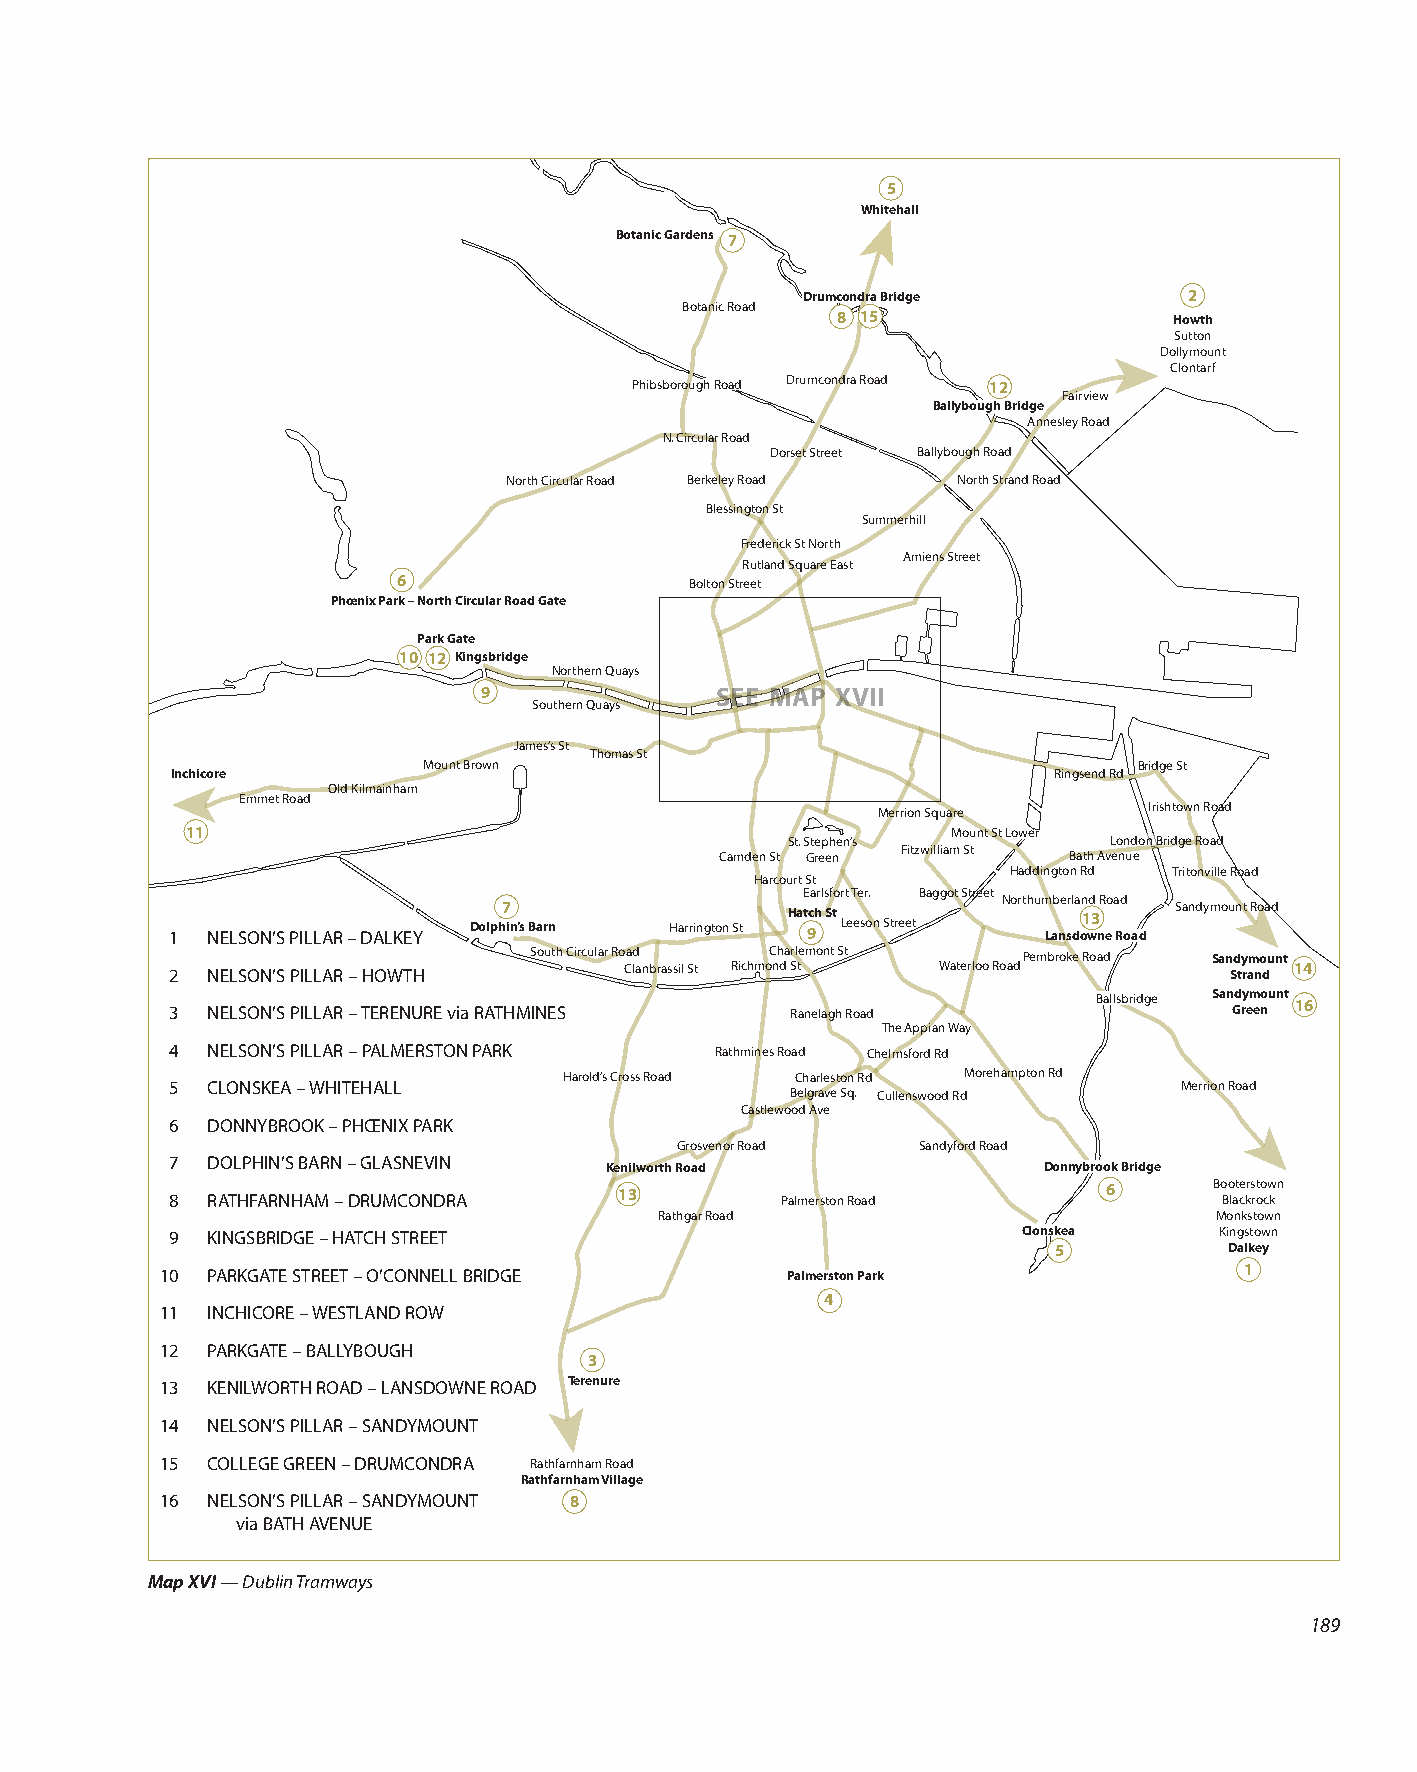
5
 Whitehall
 Botanic Gardens 7
 Drumcondra Bridge         2
 Botanic Road
 8 15                   Howth
 Sutton
 Dollymount
 Clontarf
 Phibsborough Road Drumcondra Road 12
 Fairview
 Ballybough Bridge
 Annesley Road
 N. Circular Road
 Dorset Street Ballybough Road
 North Circular Road Berkeley Road North Strand Road
 Blessington St
 Summerhill
 Frederick St North
 Amiens Street
 Rutland Square East
 6                   Bolton Street
 Phœnix Park – North Circular Road Gate
 Park Gate
 10 12 Kingsbridge
 Northern Quays
 9              SEE MAP XVII
 Southern Quays
 James’s St
 Thomas St
 Mount Brown                                    Bridge St
 Inchicore                                                  Ringsend Rd
 Old Kilmainham
 Emmet Road
 Merrion Square    Irishtown Road
 11                                                 Mount St Lower
 St. Stephen’s        London Bridge Road
 Fitzwilliam St
 Camden St Green        Bath Avenue
 Haddington Rd Tritonville Road
 Harcourt St
 Earlsfort Ter. Baggot Street
 Northumberland Road
 1  NELSON’S PILLAR – DALKEY
 Dolph7 in’s Barn Harrington St Hat 9ch St Leeson Street Lansdo1 w3
 ne Road
 Sandymount Road
 South Circular Road Charlemont St Pembroke Road Sandymount
 2  NELSON’S PILLAR – HOWTH    Clanbrassil St Richmond St Waterloo Road Strand 14
 3  NELSON’S PILLAR – TERENURE via RATHMINES Ranelagh Road
 Ballsbridge San Gd ry em enount 16
 The Appian Way
 4  NELSON’S PILLAR – PALMERSTON PARK Rathmines Road Chelmsford Rd
 Harold’s Cross Road Charleston Rd Morehampton Rd
 5  CLONSKEA – WHITEHALL                                            Merrion Road
 Belgrave Sq. Cullenswood Rd
 Castlewood Ave
 6  DONNYBROOK – PHŒNIX PARK
 Grosvenor Road  Sandyford Road
 7  DOLPHIN’S BARN – GLASNEVIN Kenilworth Road             Donnybrook Bridge
 8  RATHFARNHAM – DRUMCONDRA   13         Palmerston Road      6      Bo Bo lat ce krs rt oo cw kn
 Rathgar Road                        Monkstown
 9  KINGSBRIDGE – HATCH STREET                            Clonskea     Kingstown
 5          Dalkey
 10 PARKGATE STREET – O’CONNELL BRIDGE    Palmerston Park               1
 4
 11 INCHICORE – WESTLAND ROW
 12 PARKGATE – BALLYBOUGH
 3
 13 KENILWORTH ROAD – LANSDOWNE ROAD Terenure
 14 NELSON’S PILLAR – SANDYMOUNT
 15 COLLEGE GREEN – DRUMCONDRA Rathfarnham Road
 Rathfarnham Village
 16 NELSON’S PILLAR – SANDYMOUNT 8
 via BATH AVENUE
 Map XVI — Dublin Tramways
 189